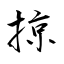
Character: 掠